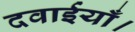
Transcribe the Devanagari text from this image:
दवाईयाँ।